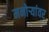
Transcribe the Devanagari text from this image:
मनोऱ्यांवर